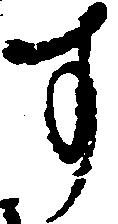
す